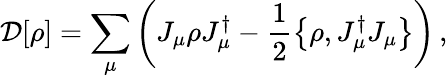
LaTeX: \mathcal{D}[\rho]=\sum_{\mu}\left(J_{\mu}\rho J_{\mu}^{\dagger}-\frac{1}{2}\left\{ \rho,J_{\mu}^{\dagger}J_{\mu}\right\} \right)\, ,